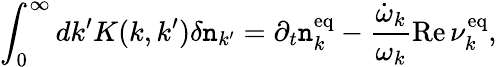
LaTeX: \int_{0}^{\infty}dk^{\prime}K(k,k^{\prime})\delta\mathtt{n}_{k^{\prime}}=\partial_{t}\mathtt{n}_{k}^{\mathrm{{eq}}}-\frac{{\dot{{\omega}}_{k}}}{{\omega_{k}}}{\mathrm{{Re}}}\, \nu_{k}^{\mathrm{{eq}}},